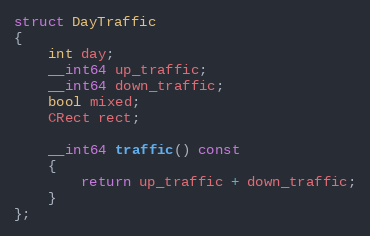
Language: C
struct DayTraffic
{
	int day;
	__int64 up_traffic;
	__int64 down_traffic;
	bool mixed;
	CRect rect;

	__int64 traffic() const
	{
		return up_traffic + down_traffic;
	}
};